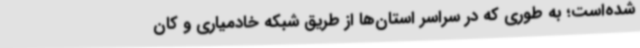
شده‌است؛ به طوری که در سراسر استان‌ها از طریق شبکه خادمیاری و کان